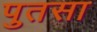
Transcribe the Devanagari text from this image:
पुतसा